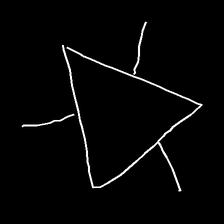
Glyph: fire